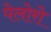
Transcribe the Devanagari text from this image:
पेलोरो